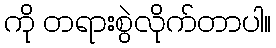
ကို တရားစွဲလိုက်တာပါ။